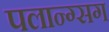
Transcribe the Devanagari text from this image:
पलान्ग्सग